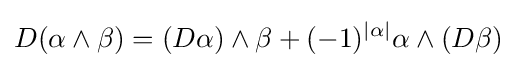
D(\alpha \wedge \beta )=(D\alpha )\wedge \beta +(-1)^{|\alpha |}\alpha \wedge (D\beta )